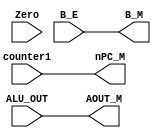
module EX_MEM (counter1, Zero, ALU_OUT, B_E, nPC_M, AOUT_M, B_M);

    input [31:0] counter1;
    input Zero;
    input [31:0] ALU_OUT;
    input [31:0] B_E;

    output reg [31:0] nPC_M;
    output reg [31:0] AOUT_M;
    output reg [31:0] B_M;

    always @(*) begin
        nPC_M <= counter1;
        AOUT_M <= ALU_OUT;
        B_M <= B_E;
    end


endmodule